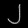
Digit: ၂